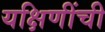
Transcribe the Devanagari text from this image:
यक्षिणींची